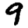
Digit: 9